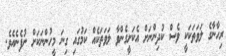
ރިހާނާގެ ލަވަތަކަކީ ވެސް ކުދިންނަށް އެކަށީގެންވާ ލަވަތަކެއް ކަމުގައި ގިނަ މީހުންނަކަށް ނުފެނެއެވެ.